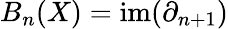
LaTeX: B_{n}(X)=\mathrm{im}(\partial_{n+1})